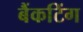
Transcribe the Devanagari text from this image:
बैंकटिंग